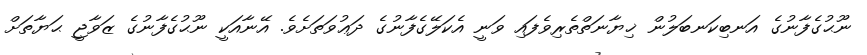
ނޫޙުގެފާނުގެ އަނބިކަނބަލުން ޚިޔާނަތްތެރިވެފައި ވަނީ އެކަލޭގެފާނުގެ ދަޢުވަތަށެވެ. އޭނާއަކީ ނޫޙުގެފާނުގެ ޒަވާޖީ ޙަޔާތަށް